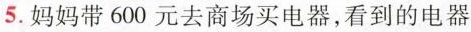
5.妈妈带600元去商场买电器，看到的电器